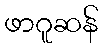
ဖာဂူဆန်